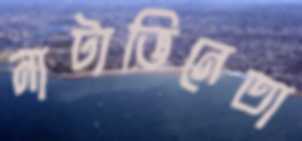
নাট্যভিনেতা